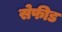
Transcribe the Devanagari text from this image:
सेफीड